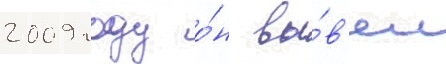
2009 году о́н вы́в'ел